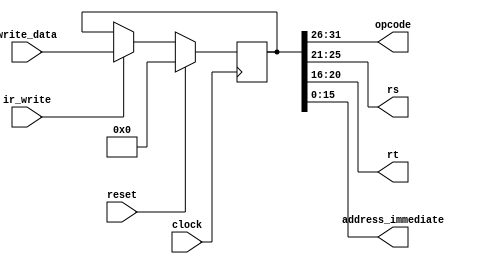
module IR (
    input wire clock,
    input wire reset,
    input wire ir_write,
    input wire [31:0] write_data,
    output wire [5:0] opcode,
    output wire [4:0] rs,
    output wire [4:0] rt,
    output wire [15:0] address_immediate
);

reg [31:0] instruction;

assign opcode            = instruction[31:26];
assign rs                = instruction[25:21];
assign rt                = instruction[20:16];
assign address_immediate = instruction[15:0];

always @(posedge clock) begin
    if (reset) begin
        instruction <= 0;
    end else if (ir_write) begin
        instruction <= write_data;
    end
end

endmodule